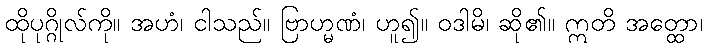
ထိုပုဂ္ဂိုလ်ကို။ အဟံ၊ ငါသည်။ ဗြာဟ္မဏံ၊ ဟူ၍။ ဝဒါမိ၊ ဆို၏။ ဣတိ အတ္ထော၊